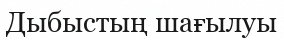
Дыбыстың шағылуы